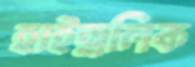
হাইড্রলিক